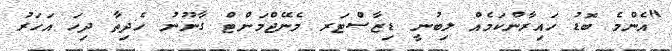
"އެންމެ ބޮޑު ހައިރާންކަމެއް ލިބުނީ ޑިޒާސްޓަރ މެނޭޖްމަންޓް ގާނޫނު ހެދިތާ ދިހަ އަހަރު